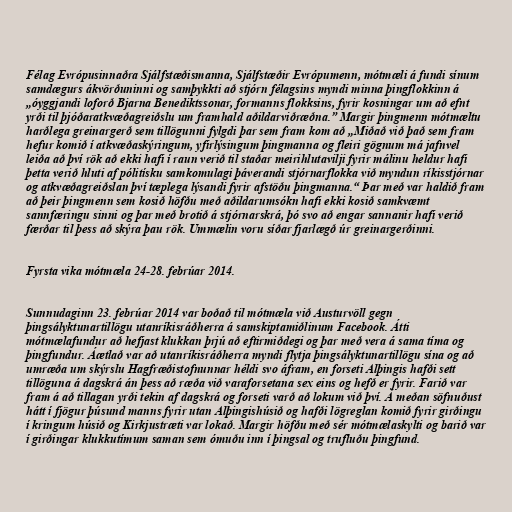
Félag Evrópusinnaðra Sjálfstæðismanna, Sjálfstæðir Evrópumenn, mótmæli á fundi sínum
samdægurs ákvörðuninni og samþykkti að stjórn félagsins myndi minna þingflokkinn á
„óyggjandi loforð Bjarna Benediktssonar, formanns flokksins, fyrir kosningar um að efnt
yrði til þjóðaratkvæðagreiðslu um framhald aðildarviðræðna.” Margir þingmenn mótmæltu
harðlega greinargerð sem tillögunni fylgdi þar sem fram kom að „Miðað við það sem fram
hefur komið í atkvæðaskýringum, yfirlýsingum þingmanna og fleiri gögnum má jafnvel
leiða að því rök að ekki hafi í raun verið til staðar meirihlutavilji fyrir málinu heldur hafi
þetta verið hluti af pólitísku samkomulagi þáverandi stjórnarflokka við myndun ríkisstjórnar
og atkvæðagreiðslan því tæplega lýsandi fyrir afstöðu þingmanna.“ Þar með var haldið fram
að þeir þingmenn sem kosið höfðu með aðildarumsókn hafi ekki kosið samkvæmt
sannfæringu sinni og þar með brotið á stjórnarskrá, þó svo að engar sannanir hafi verið
færðar til þess að skýra þau rök. Ummælin voru síðar fjarlægð úr greinargerðinni.

Fyrsta vika mótmæla 24-28. febrúar 2014.

Sunnudaginn 23. febrúar 2014 var boðað til mótmæla við Austurvöll gegn
þingsályktunartillögu utanríkisráðherra á samskiptamiðlinum Facebook. Átti
mótmælafundur að hefjast klukkan þrjú að eftirmiðdegi og þar með vera á sama tíma og
þingfundur. Áætlað var að utanríkisráðherra myndi flytja þingsályktunartillögu sína og að
umræða um skýrslu Hagfræðistofnunnar héldi svo áfram, en forseti Alþingis hafði sett
tillöguna á dagskrá án þess að ræða við varaforsetana sex eins og hefð er fyrir. Farið var
fram á að tillagan yrði tekin af dagskrá og forseti varð að lokum við því. Á meðan söfnuðust
hátt í fjögur þúsund manns fyrir utan Alþingishúsið og hafði lögreglan komið fyrir girðingu
í kringum húsið og Kirkjustræti var lokað. Margir höfðu með sér mótmælaskylti og barið var
í girðingar klukkutímum saman sem ómuðu inn í þingsal og trufluðu þingfund.